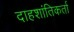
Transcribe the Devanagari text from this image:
दाहशांतिकर्ता